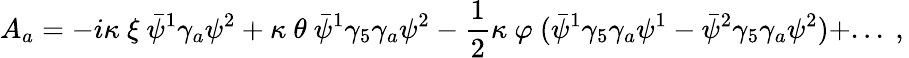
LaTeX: A_{a}=-i\kappa\ \xi\ \bar{\psi}^{1}\gamma_{a}\psi^{2}+\kappa\ \theta\ \bar{\psi}^{1}\gamma_{5}\gamma_{a}\psi^{2}-{\frac{1}{2}}\kappa\ \varphi\ (\bar{\psi}^{1}\gamma_{5}\gamma_{a}\psi^{1}-\bar{\psi}^{2}\gamma_{5}\gamma_{a}\psi^{2})+...\ ,\,